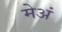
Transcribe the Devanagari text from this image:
मेअं